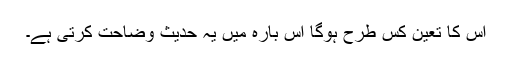
اس کا تعین کس طرح ہوگا اس بارہ میں یہ حدیث وضاحت کرتی ہے۔